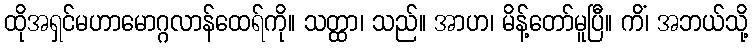
ထိုအရှင်မဟာမောဂ္ဂလာန်ထေရ်ကို။ သတ္ထာ၊ သည်။ အာဟ၊ မိန့်တော်မူပြီ။ ကိံ၊ အဘယ်သို့